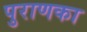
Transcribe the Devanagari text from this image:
पुराणका